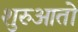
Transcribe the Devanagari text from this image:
शुरुआतो